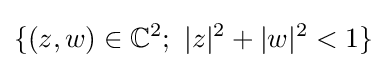
\{(z,w)\in \mathbb {C} ^{2};~|z|^{2}+|w|^{2}<1\}